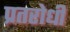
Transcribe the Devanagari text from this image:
प्रतरोधी